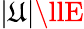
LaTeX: |\mathfrak{U}|\llE